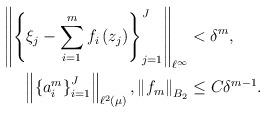
LaTeX: \begin{align*}\left\Vert \left\{ \xi_{j}-\sum_{i=1}^{m}f_{i}\left( z_{j}\right) \right\}_{j=1}^{J}\right\Vert _{\ell^{\infty}} & <\delta^{m},\\\left\Vert \left\{ a_{i}^{m}\right\} _{i=1}^{J}\right\Vert _{\ell^{2}\left(\mu\right) },\left\Vert f_{m}\right\Vert _{B_{2}} & \leq C\delta^{m-1}.\end{align*}